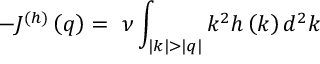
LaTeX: - J ^ { ( h ) } \left( q \right) = ~ \nu \int _ { | k | > | q | } { k ^ { 2 } h \left( k \right) d ^ { 2 } k }